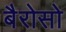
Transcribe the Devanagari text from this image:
बैरोसो